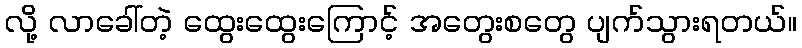
လို့ လာခေါ်တဲ့ ထွေးထွေးကြောင့် အတွေးစတွေ ပျက်သွားရတယ်။